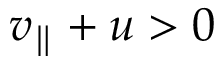
v _ { \parallel } + u > 0